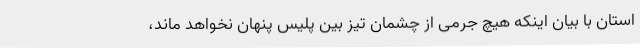
استان با بیان اینکه هیچ جرمی از چشمان تیز بین پلیس پنهان نخواهد ماند،